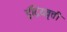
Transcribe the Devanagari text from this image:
इंद्रियवृत्ती